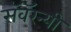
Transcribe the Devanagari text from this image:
सॅवॅरन्यी